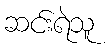
ဆင်းရဲသူ